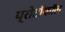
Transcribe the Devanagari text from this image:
प्रोटॉकॉल